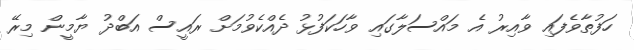
ހަފުތާވެފައި ވާއިރު އެ މައްސަލާގައި ވާހަކަފުޅު ދެއްކެވުމަށް ރައީސް އަބްދު ޔާމީން މިރޭ